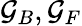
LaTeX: {\cal G}_{B},{\cal G}_{F}